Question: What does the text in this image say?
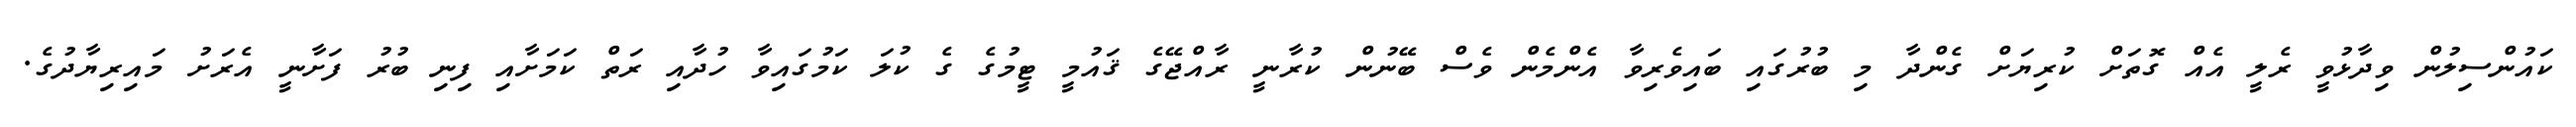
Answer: ކައުންސިލުން ވިދާޅުވީ ރެލީ އެއް ގޮތަށް ކުރިޔަށް ގެންދާ މި ބުރުގައި ބައިވެރިވާ އެންމެން ވެސް ބޭނުން ކުރާނީ ރާއްޖޭގެ ޤައުމީ ޓީމުގެ ގެ ކުލަ ކަމުގައިވާ ހުދާއި ރަތް ކަމަށާއި ފިނި ބުރު ފަށާނީ އެރަށު މައިރިޔާދުގެ.